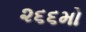
૨૬૬મો